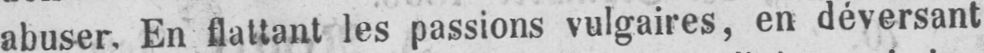
abuser. En flattant les passions vulgaires, en déversant